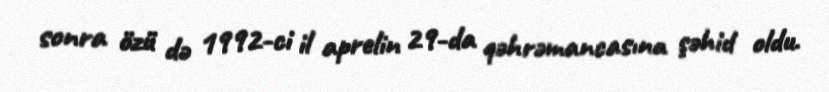
sonra özü də 1992-ci il aprelin 29-da qəhrəmancasına şəhid oldu.